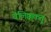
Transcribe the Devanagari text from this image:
वेलिक्ककतु